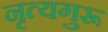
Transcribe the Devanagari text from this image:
नृत्यगुरू